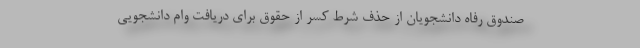
صندوق رفاه دانشجویان از حذف شرط کسر از حقوق برای دریافت وام دانشجویی